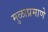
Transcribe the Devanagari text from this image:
मुळाप्रमाणे